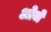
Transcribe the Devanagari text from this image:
ओजे